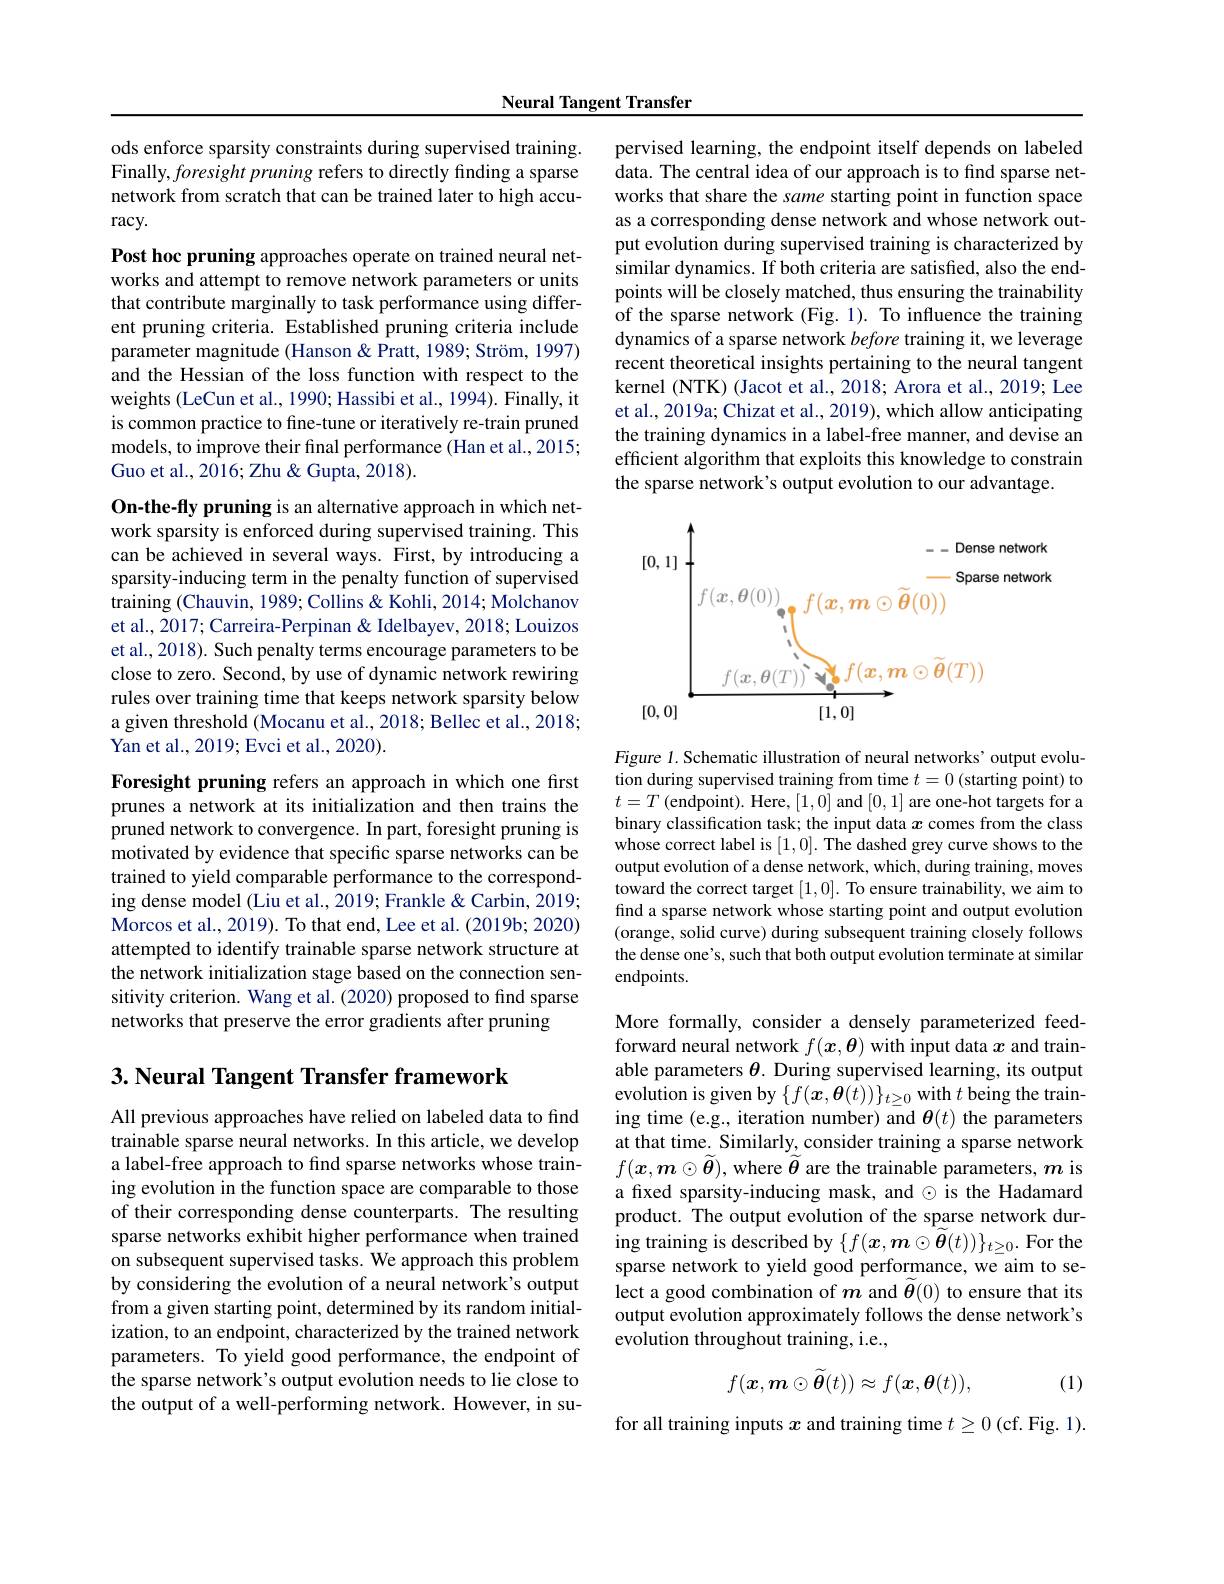
Neural Tangent Transfer

ods enforce sparsity constraints during supervised training. Finally, foresight pruning refers to directly finding a sparse network from scratch that can be trained later to high accu- $\operatorname{racy}.$

Post hoc pruning approaches operate on trained neural networks and attempt to remove network parameters or units that contribute marginally to task performance using different pruning criteria. Established pruning criteria include parameter magnitude (Hanson & Pratt, 1989; Ström, 1997) and the Hessian of the loss function with respect to the weights (LeCun et al., 1990; Hassibi et al., 1994). Finally, it is common practice to fine-tune or iteratively re-train pruned models, to improve their final performance (Han et al.,2015; Guo et al., 2016; Zhu & Gupta, 2018).

On-the-fly pruning is an alternative approach in which network sparsity is enforced during supervised training. This can be achieved in several ways. First, by introducing a sparsity-inducing term in the penalty function of supervised training (Chauvin, 1989; Collins & Kohli, 2014; Molchanov et al., 2017; Carreira-Perpinan & Idelbayev, 2018; Louizos et al., 2018). Such penalty terms encourage parameters to be close to zero. Second, by use of dynamic network rewiring rules over training time that keeps network sparsity below a given threshold (Mocanu et al., 2018; Bellec et al., 2018; Yan et al., 2019; Evci et al., 2020).

Foresight pruning refers an approach in which one first prunes a network at its initialization and then trains the pruned network to convergence. In part, foresight pruning is motivated by evidence that specific sparse networks can be trained to yield comparable performance to the corresponding dense model (Liu et al., 2019; Frankle & Carbin, 2019; Morcos et al., 2019). To that end, Lee et al. (2019b; 2020) attempted to identify trainable sparse network structure at the network initialization stage based on the connection sensitivity criterion. Wang et al. (2020) proposed to find sparse networks that preserve the error gradients after pruning

## 3. Neural Tangent Transfer framework

All previous approaches have relied on labeled data to find trainable sparse neural networks. In this article, we develop a label-free approach to find sparse networks whose training evolution in the function space are comparable to those of their corresponding dense counterparts. The resulting sparse networks exhibit higher performance when trained on subsequent supervised tasks. We approach this problem by considering the evolution of a neural network's output from a given starting point, determined by its random initialization, to an endpoint, characterized by the trained network parameters. To yield good performance, the endpoint of the sparse network's output evolution needs to lie close to the output of a well-performing network. However, in su-

pervised learning, the endpoint itself depends on labeled data. The central idea of our approach is to find sparse net- works that share the same starting point in function space as a corresponding dense network and whose network output evolution during supervised training is characterized by similar dynamics. If both criteria are satisfied, also the endpoints will be closely matched, thus ensuring the trainability of the sparse network (Fig. 1). To influence the training dynamics of a sparse network before training it, we leverage recent theoretical insights pertaining to the neural tangent kernel (NTK) (Jacot et al., 2018; Arora et al., 2019; Lee et al., 2019a; Chizat et al., 2019), which allow anticipating the training dynamics in a label-free manner, and devise an efficient algorithm that exploits this knowledge to constrain the sparse network's output evolution to our advantage.

<FigureHere>

Figure 1. Schematic illustration of neural networks' output evolution during supervised training from time $t=0$ (starting point) to $t=T$(endpoint). Here,[1,0] and [0,1] are one-hot targets for a binary classification task; the input data $x$ comes from the class whose correct label is [1,0]. The dashed grey curve shows to the output evolution of a dense network, which, during training, moves toward the correct target [1,0]. To ensure trainability, we aim to find a sparse network whose starting point and output evolution (orange, solid curve) during subsequent training closely follows the dense one's, such that both output evolution terminate at similar endpoints.

More formally, consider a densely parameterized feedforward neural network $f(\boldsymbol{x},\boldsymbol{\theta})$ with input data $x$ and trainable parameters $\theta.$ During supervised learning, its output evolution is given by $\{f(\boldsymbol{x},\boldsymbol{\theta}(t))\}_{t\geq0}$ with $t$ being the training time (e.g., iteration number) and $\theta(t)$ the parameters at that time. Similarly, consider training a sparse network $f(\boldsymbol{x},\boldsymbol{m}\odot\widetilde{\boldsymbol{\theta}})$, where $\widetilde{\boldsymbol{\theta}}$ are the trainable parameters, $\boldsymbol{m}$ is a fixed sparsity-inducing mask, and $\odot$ is the Hadamard product. The output evolution of the sparse network during training is described by $\{f(\boldsymbol{x},\boldsymbol{m}\odot\widetilde{\boldsymbol{\theta}}(t))\}_{t\geq0}.$ For the sparse network to yield good performance, we aim to se- $\hat{\text{lect a good combination of }m}$ and $\tilde{\boldsymbol{\theta}}(0)$ to ensure that its output evolution approximately follows the dense network's evolution throughout training, i.e.,
$$f(x,\boldsymbol{m}\odot\widetilde{\boldsymbol{\theta}}(t))\approx f(\boldsymbol{x},\boldsymbol{\theta}(t)),$$
(1)

for all training inputs $x$ and training time $t\geq 0$ ( cf.  Fig.  1) .